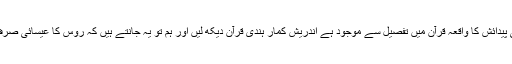
حضرت عیسیٰؑ کی پیدائش کا واقعہ قرآن میں تفصیل سے موجود ہے اندریش کمار ہندی قرآن دیکھ لیں اور ہم تو یہ جانتے ہیں کہ روس کا عیسائی صرف گائے کھاتا ہے۔